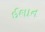
ઈશાન